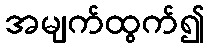
အမျက်ထွက်၍